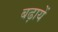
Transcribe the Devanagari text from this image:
बढ़ायें